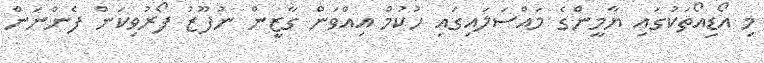
މި އޯޑިއޯތަކުގައި ޔާމީންގެ މައްސަލައިގައި ހުކުމް އިއްވަން ގާޒީން ނުފޫޒު ފޯރުވިކަން ފެންނަން